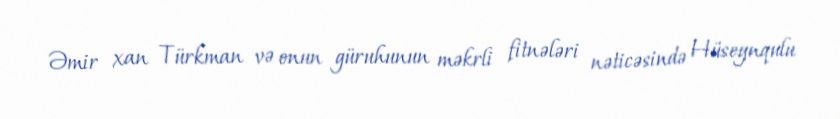
Əmir xan Türkman və onun güruhunun məkrli fitnələri nəticəsində Hüseynqulu